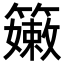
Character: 𥶄